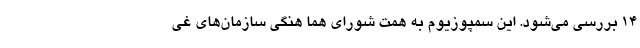
۱۴ بررسی می‌شود. این سمپوزیوم به همت شورای هما هنگی سازمان‌های غی